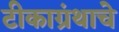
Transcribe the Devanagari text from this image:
टीकाग्रंथाचे